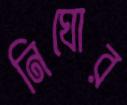
নিঘোর